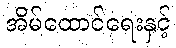
အိမ်ထောင်ရေးနှင့်